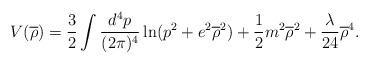
LaTeX: \begin{align*}V(\overline{\rho})=\frac{3}{2}\int\frac{d^{4}p}{(2\pi)^{4}}\ln(p^{2}+e^{2}\overline{\rho}^{2})+\frac{1}{2}m^{2}\overline{\rho}^{2}+\frac{\lambda}{24}\overline{\rho}^{4}.\end{align*}